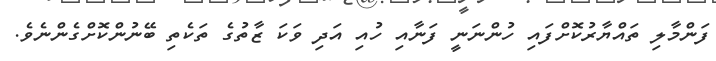
ފަންމާލި ތައްޔާރުކޮށްފައި ހުންނަނީ ފަނާއި ހުއި އަދި ވަކަ ޒާތުގެ ތަކެތި ބޭނުންކޮށްގެންނެވެ.